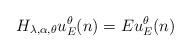
LaTeX: \begin{align*}H_{\lambda,\alpha,\theta}u_E^{\theta}(n)=Eu_E^{\theta}(n) \end{align*}